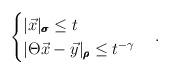
LaTeX: \begin{align*} \begin{cases} |\vec x|_{\pmb\sigma}\leq t \\ |\Theta\vec x-\vec y|_{\pmb\rho}\leq t^{-\gamma} \end{cases}.\end{align*}